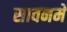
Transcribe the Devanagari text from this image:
सावनमें